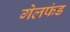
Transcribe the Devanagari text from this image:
गेलफंड